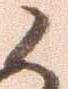
候